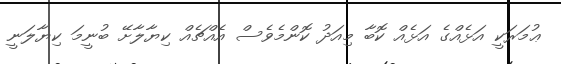
ޢުމަރަކީ އަޅެއްގެ އަޅެއް ކޮބާ މިއަދު ކޮންމެވެސް އެއްޗެއް ކިޔާލާށޭ ބުނީމަ ކިޔާލަނީ